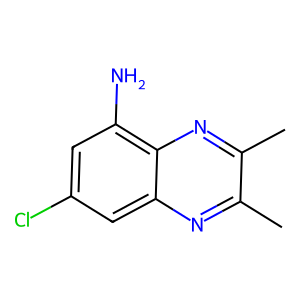
SMILES: Cc1nc2cc(Cl)cc(N)c2nc1C
Inhibits HIV replication: No